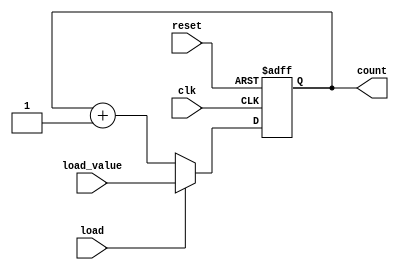
module loadable_counter #(
    parameter WIDTH = 4  // Define the width of the counter
)(
    input wire clk,            // Clock signal
    input wire load,           // Load control signal
    input wire [WIDTH-1:0] load_value, // Value to load into the counter
    input wire reset,          // Reset signal
    output reg [WIDTH-1:0] count // Current count value
);

// Asynchronous reset
always @(posedge clk or posedge reset) begin
    if (reset) begin
        count <= 0;              // Reset the counter to 0
    end else if (load) begin
        count <= load_value;     // Load the specified value
    end else begin
        count <= count + 1;      // Increment the counter
    end
end

endmodule